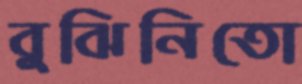
বুঝিনিতো